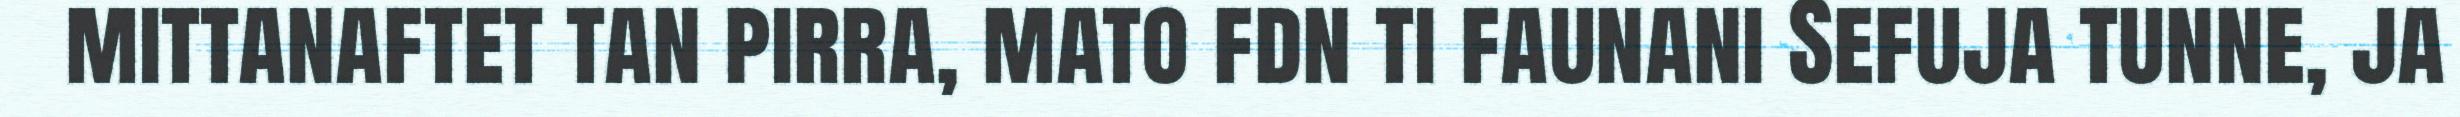
mittanaftet tan pirra, mato fdn ti faunani Sefuja tunne, ja